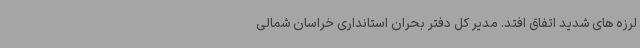
لرزه های شدید اتفاق افتد. مدیر کل دفتر بحران استانداری خراسان شمالی